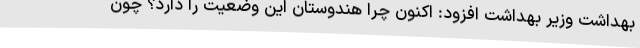
بهداشت وزیر بهداشت افزود: اکنون چرا هندوستان این وضعیت را دارد؟ چون